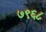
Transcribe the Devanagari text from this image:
७९६८